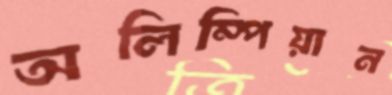
অলিম্পিয়ান